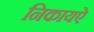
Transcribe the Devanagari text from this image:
निकायऐ